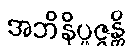
အဘိနိပ္ဖဇ္ဇန္တိ